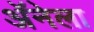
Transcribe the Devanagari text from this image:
अॅनेला